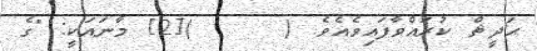
ޙަދީޘް ކުރައްވާފައިވެއެވެ. (     )[2] މާނައަކީ: "ގެ